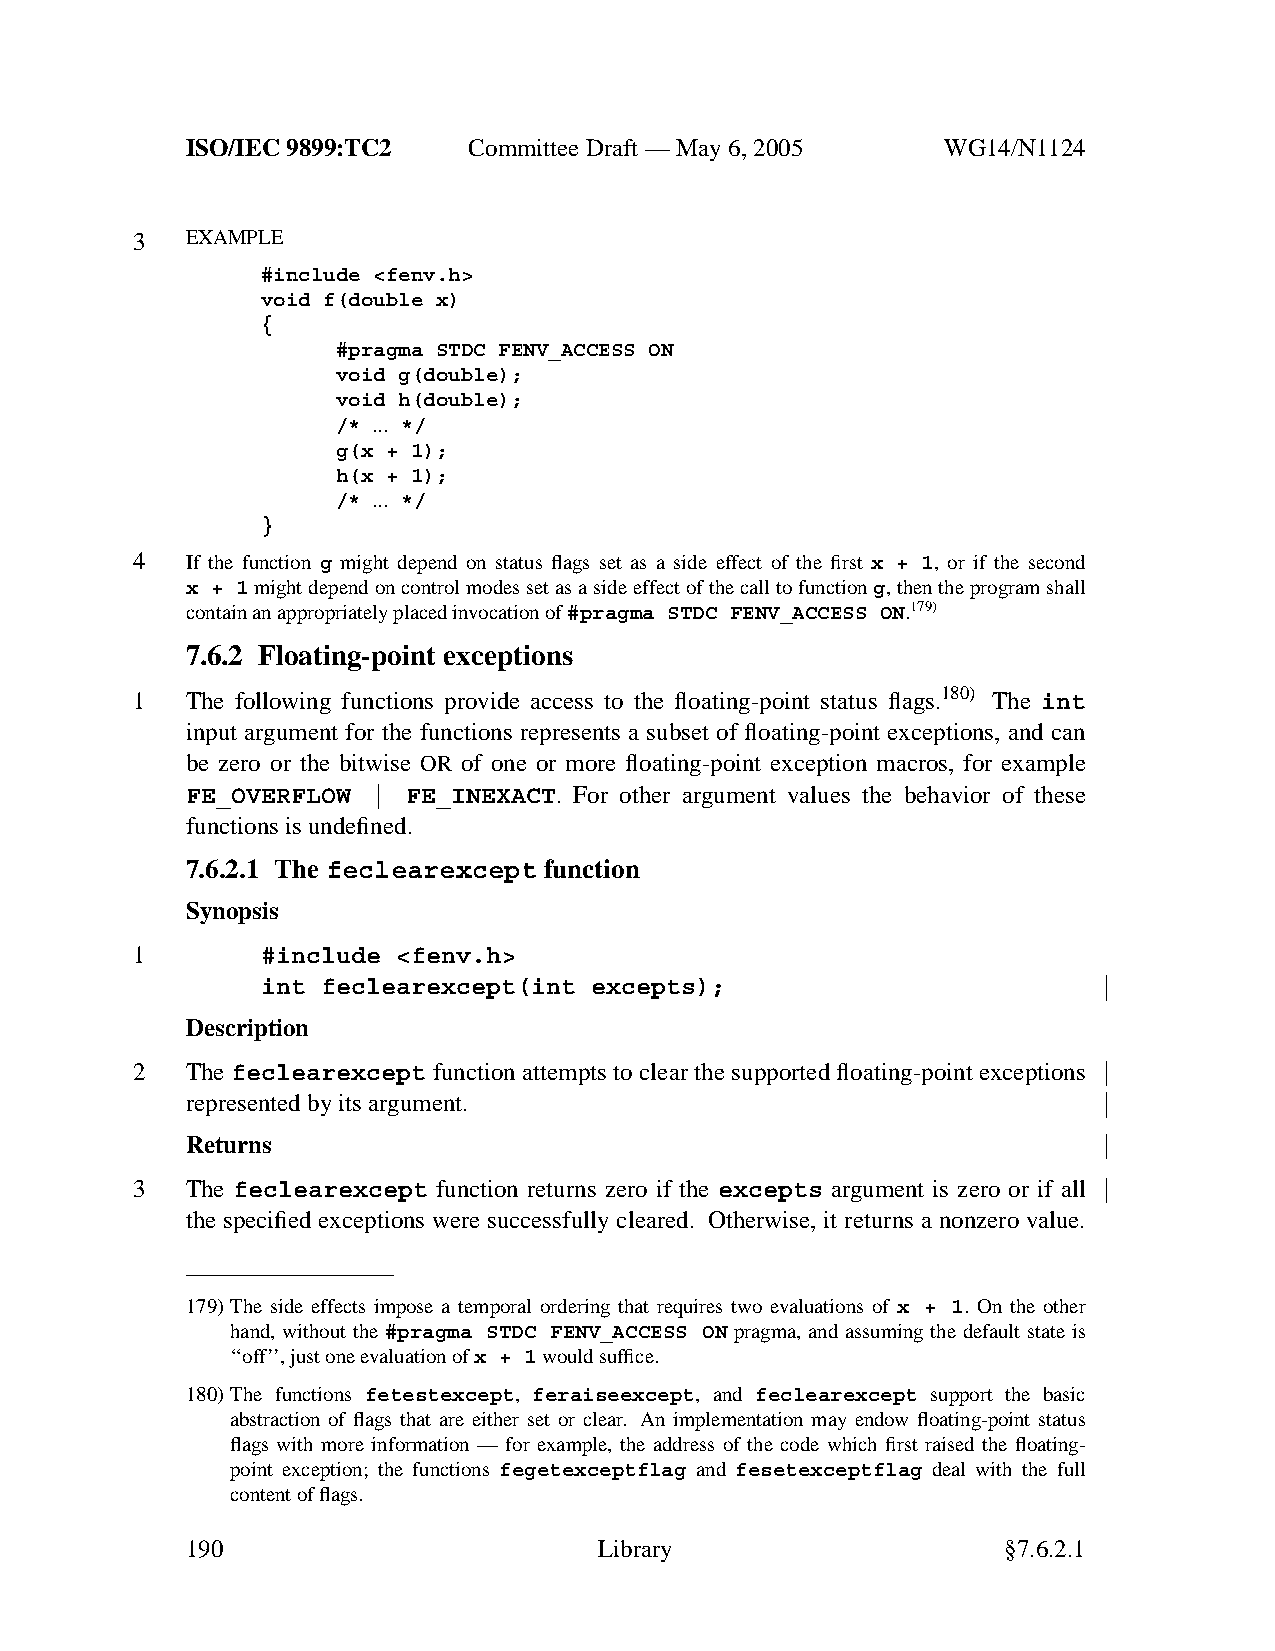
ISO/IEC 9899:TC2   Committee Draft — May 6, 2005   WG14/N1124
 3  EXAMPLE
 #include <fenv.h>
 void f(double x)
 {
 #pragma STDC FENV_ACCESS ON
 void g(double);
 void h(double);
 /* ... */
 g(x + 1);
 h(x + 1);
 /* ... */
 }
 4  If the function g might depend on status flags set as a side effect of the first x + 1, or if the second
 x + 1might depend on control modes set as a side effect of the call to functiong,then the program shall
 contain an appropriately placed invocation of#pragma STDC FENV_ACCESS ON.179)
 7.6.2 Floating-point exceptions
 1  The following functions provide access to the floating-point status flags.180) The int
 input argument for the functions represents a subset of floating-point exceptions, and can
 be zero or the bitwise OR of one or more floating-point exception macros, for example
 FE_OVERFLOW  | FE_INEXACT. For other argument values the behavior of these
 functions is undefined.
 7.6.2.1 The feclearexcept function
 Synopsis
 1       #include <fenv.h>
 int feclearexcept(int excepts);
 Description
 2  The feclearexcept function attempts to clear the supported floating-point exceptions
 represented by its argument.
 Returns
 3  The feclearexcept function returns zero if the excepts argument is zero or if all
 the specified exceptions were successfully cleared. Otherwise, it returns a nonzero value.
 179)The side effects impose a temporal ordering that requires two evaluations of x + 1. On the other
 hand, without the #pragma STDC FENV_ACCESS ON pragma, and assuming the default state is
 ‘‘off’’, just one evaluation ofx + 1would suffice.
 180)The functions fetestexcept, feraiseexcept, and feclearexcept support the basic
 abstraction of flags that are either set or clear. An implementation may endow floating-point status
 flags with more information — for example, the address of the code which first raised the floating-
 point exception; the functions fegetexceptflag and fesetexceptflag deal with the full
 content of flags.
 190                         Library                    §7.6.2.1